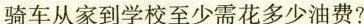
骑车从家到学校至少需花多少油费?